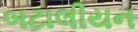
બટાલીયન